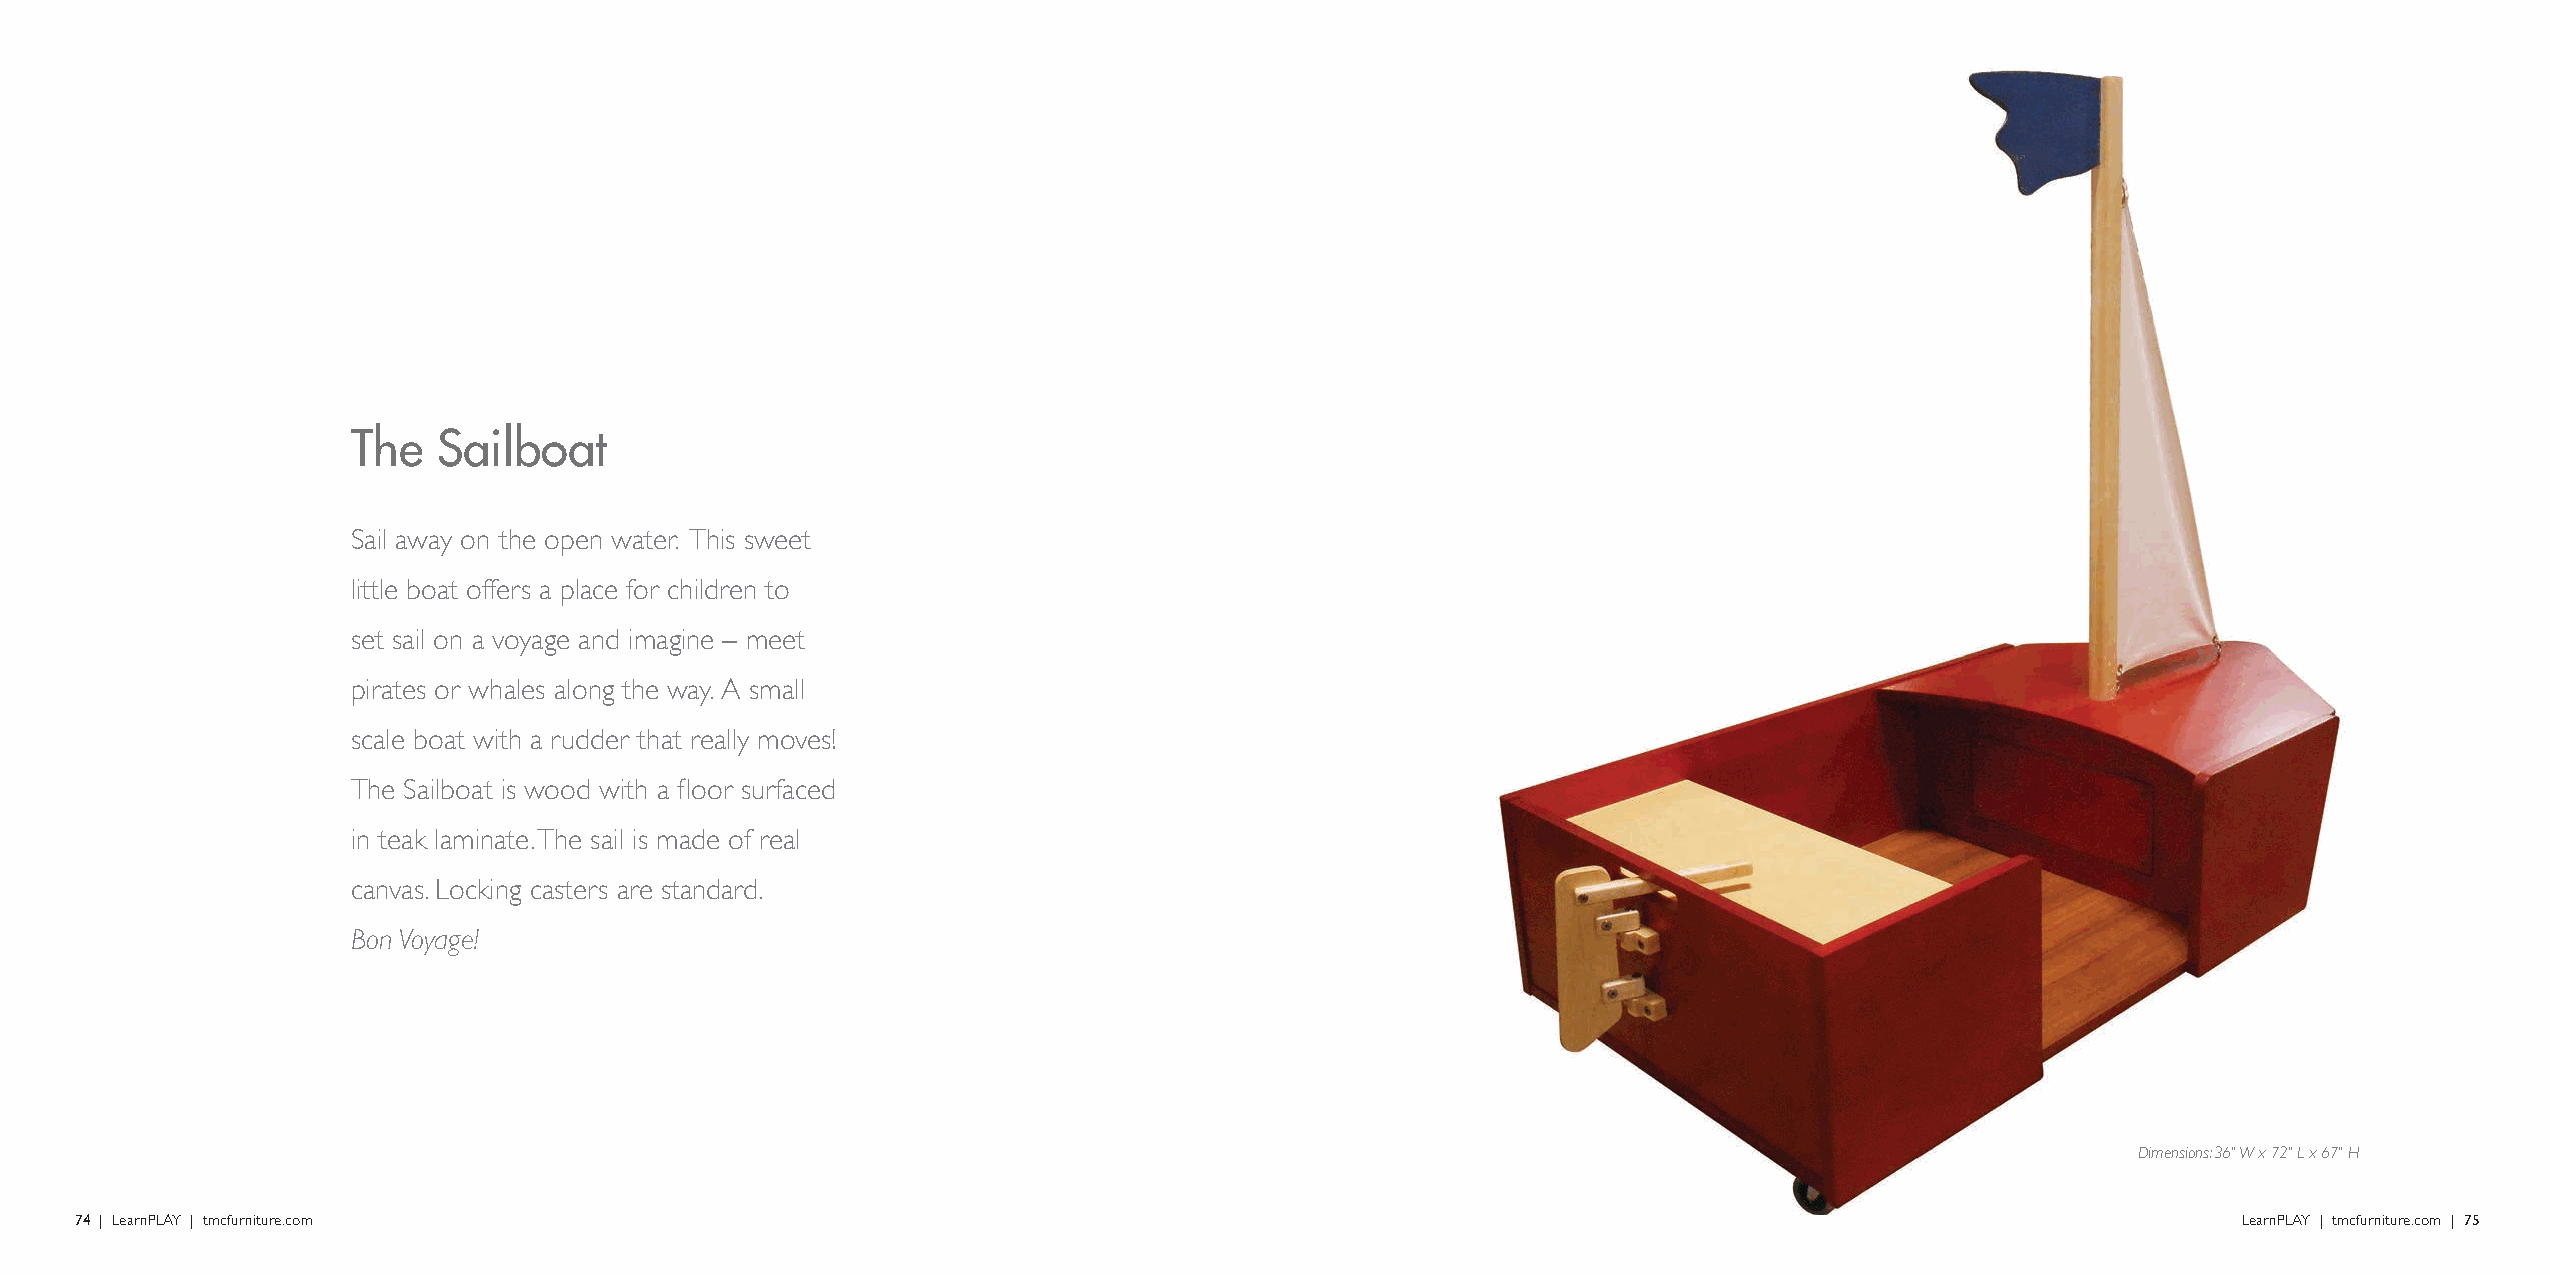
The   Sailboat
 Sail away on the open water. This sweet
 little boat offers a place for children to
 set sail on a voyage and imagine – meet
 pirates or whales along the way. A small
 scale boat with a rudder that really moves!
 The Sailboat is wood with a floor surfaced
 in teak laminate. The sail is made of real
 canvas. Locking casters are standard.
 Bon Voyage!
 Dimensions: 36" W x 72" L x 67" H
 74 | LearnPLAY | tmcfurniture.com                                                                                                              LearnPLAY | tmcfurniture.com | 75